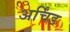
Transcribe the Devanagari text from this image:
अर्चिंड